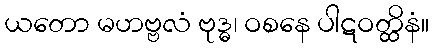
ယတော မဟဗ္ဗလံ ဗုဒ္ဓ၊ ဝစနေ ပါဋဝတ္ထိနံ။